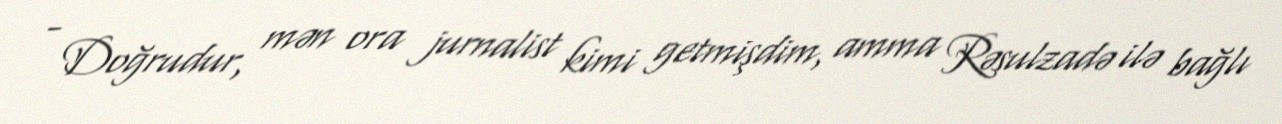
- Doğrudur, mən ora jurnalist kimi getmişdim, amma Rəsulzadə ilə bağlı